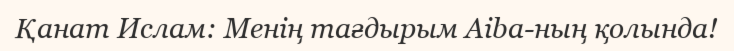
Қанат Ислам: Менің тағдырым Aiba-ның қолында!